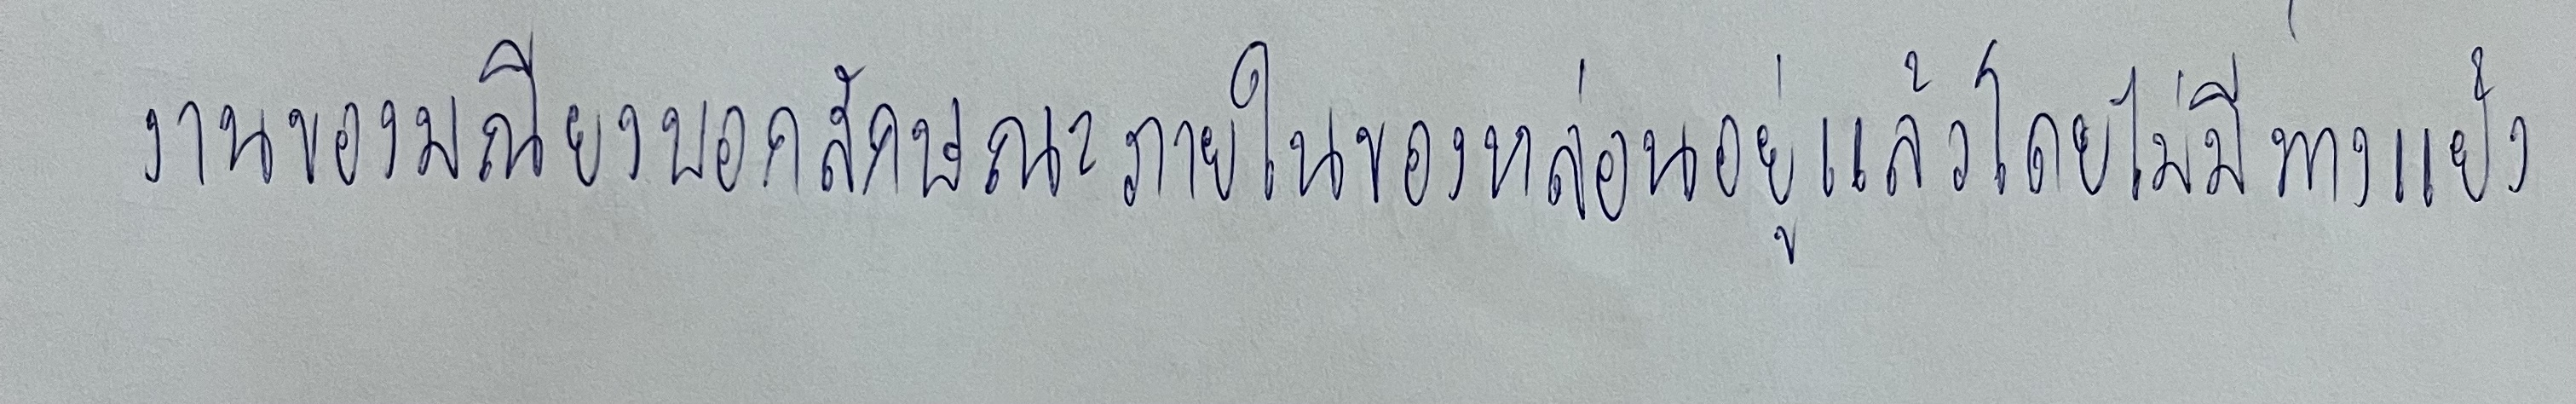
งานของมณียงบอกลักษณะภายในของหล่อนอยู่แล้วโดยไม่มีทางแย้ง